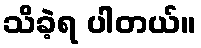
သိခဲ့ရ ပါတယ်။